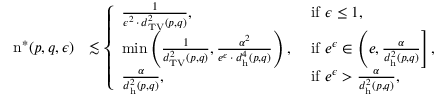
\begin{array} { r l } { \mathrm { n } ^ { * } ( p , q , \epsilon ) } & { \lesssim \left\{ \begin{array} { l l } { \frac { 1 } { \epsilon ^ { 2 } \, \cdot \, d _ { \mathrm { T V } } ^ { 2 } ( p , q ) } , } & { \mathrm { ~ i f ~ } \epsilon \leq 1 , } \\ { \operatorname* { m i n } \left( \frac { 1 } { d _ { \mathrm { T V } } ^ { 2 } ( p , q ) } , \frac { \alpha ^ { 2 } } { e ^ { \epsilon } \, \cdot \, d _ { \mathrm { h } } ^ { 4 } ( p , q ) } \right) , } & { \mathrm { ~ i f ~ } e ^ { \epsilon } \in \left( e , \frac { \alpha } { d _ { \mathrm { h } } ^ { 2 } ( p , q ) } \right] , } \\ { \frac { \alpha } { d _ { \mathrm { h } } ^ { 2 } ( p , q ) } , } & { \mathrm { ~ i f ~ } e ^ { \epsilon } > \frac { \alpha } { d _ { \mathrm { h } } ^ { 2 } ( p , q ) } , } \end{array} \right. } \end{array}